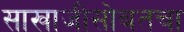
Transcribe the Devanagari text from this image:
साखाजीसोबतचा